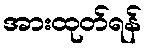
အားထုတ်ရန်